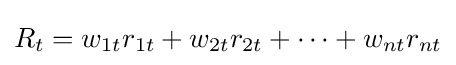
R_{t}=w_{1t}r_{1t}+w_{2t}r_{2t}+\cdots +w_{nt}r_{nt}